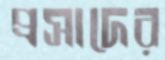
প্রসাদের